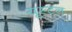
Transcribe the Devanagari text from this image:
यूस्टन